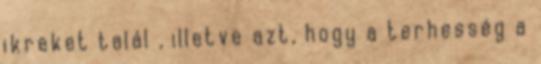
ikreket talál , illetve azt, hogy a terhesség a